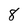
Character: 8